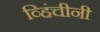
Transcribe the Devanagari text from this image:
व्हिंचीनी